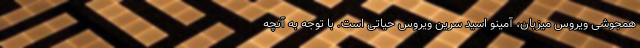
همجوشی ویروس میزبان، آمینو اسید سرین ویروس حیاتی است. با توجه به آنچه